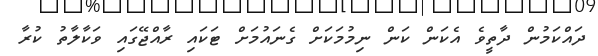
ދައްކަމުން ދާތީވެ އެކަން ކަން ނިމުމަކަށް ގެނައުމަށް ޓަކައި ރާއްޖޭގައި ވަކާލާތު ކުރާ